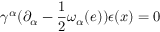
\gamma ^ { \alpha } ( \partial _ { \alpha } - \frac { 1 } { 2 } \omega _ { \alpha } ( e ) ) \epsilon ( x ) = 0